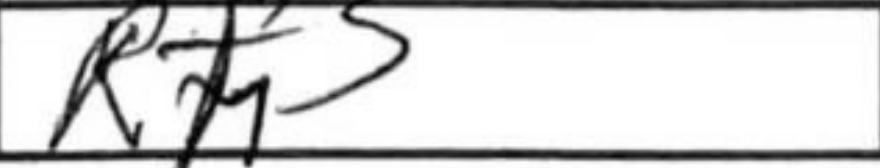
Transcription: Rh3